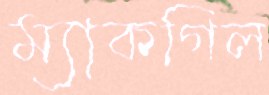
ম্যাকগিল